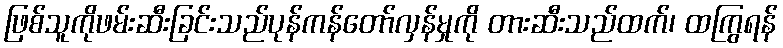
ဖြစ်သူကိုဖမ်းဆီးခြင်းသည်ပုန်ကန်တော်လှန်မှုကို တားဆီးသည်ထက်၊ ထကြွရန်